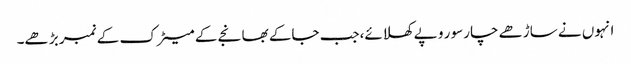
انہوں نے ساڑھے چارسو ر و پے کھلائے،جب جاکے بھانجے کے میٹرک کے نمبر بڑ ھے۔